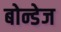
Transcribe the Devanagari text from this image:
बोन्डेज